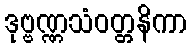
ဒုဗ္ဗဏ္ဏသံဝတ္တနိကာ